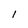
Character: l